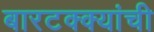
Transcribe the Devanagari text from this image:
बारटक्क्यांची